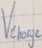
Text: Vcharge